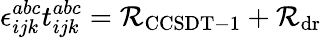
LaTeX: \epsilon_{ijk}^{abc}t_{ijk}^{abc}=\mathcal{R}_{\mathrm{{CCSDT-1}}}+\mathcal{R}_{\mathrm{{dr}}}